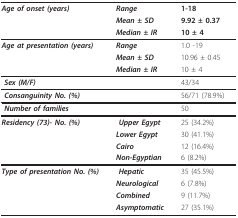
<table><thead><tr><td><b><i>Age of onset (years)</i></b></td><td><b><i>Range</i></b></td><td><b>1-18</b></td></tr><tr><td></td><td><b><i>Mean ± SD</i></b></td><td><b>9.92 ± 0.37</b></td></tr><tr><td></td><td><b><i>Median ± IR</i></b></td><td><b>10 ± 4</b></td></tr></thead><tbody><tr><td><b><i>Age at presentation (years)</i></b></td><td><b><i>Range</i></b></td><td>1.0 -19</td></tr><tr><td></td><td><b><i>Mean ± SD</i></b></td><td>10.96 ± 0.45</td></tr><tr><td></td><td><b><i>Median ± IR</i></b></td><td>10 ± 4</td></tr><tr><td><b><i> Sex (M/F)</i></b></td><td></td><td>43/34</td></tr><tr><td><b><i> Consanguinity No. (%)</i></b></td><td></td><td>56/71 (78.9%)</td></tr><tr><td><b><i> Number of families</i></b></td><td></td><td>50</td></tr><tr><td><b><i>Residency (73)- No. (%)</i></b></td><td><b><i> Upper Egypt</i></b></td><td>25 (34.2%)</td></tr><tr><td></td><td><b><i>Lower Egypt</i></b></td><td>30 (41.1%)</td></tr><tr><td></td><td><b><i>Cairo</i></b></td><td>12 (16.4%)</td></tr><tr><td></td><td><b><i>Non-Egyptian</i></b></td><td>6 (8.2%)</td></tr><tr><td><b><i>Type of presentation No. (%)</i></b></td><td><b><i> Hepatic</i></b></td><td>35 (45.5%)</td></tr><tr><td></td><td><b><i>Neurological</i></b></td><td>6 (7.8%)</td></tr><tr><td></td><td><b><i>Combined</i></b></td><td>9 (11.7%)</td></tr><tr><td></td><td><b><i>Asymptomatic</i></b></td><td>27 (35.1%)</td></tr></tbody></table>